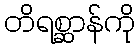
တိရစ္ဆာန်ကို